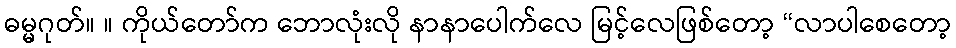
ဓမ္မဂုတ်။ ။ ကိုယ်တော်က ဘောလုံးလို နာနာပေါက်လေ မြင့်လေဖြစ်တော့ “လာပါစေတော့